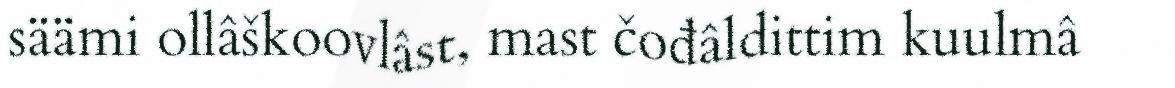
säämi ollâškoovlâst, mast čođâldittim kuulmâ